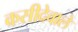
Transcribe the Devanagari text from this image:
कसीदेवाले